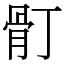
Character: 𩨑